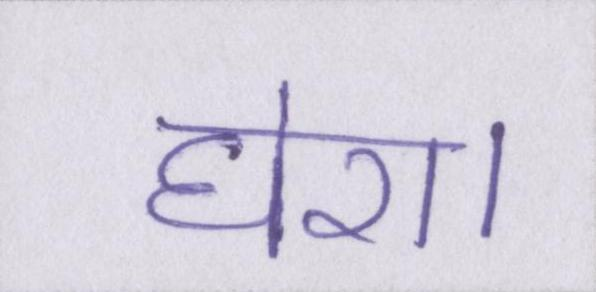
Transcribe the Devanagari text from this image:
घेरा।